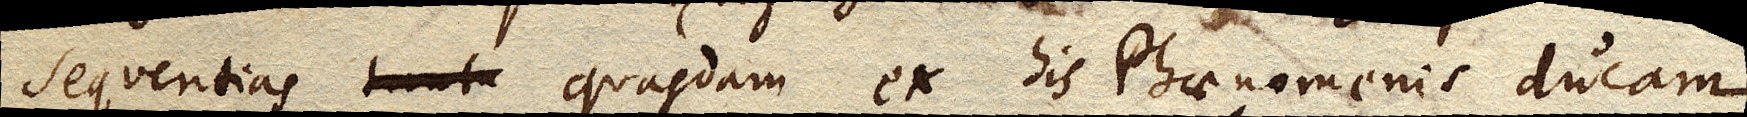
sequentias quasdam ex his Phaenomenis ducam,